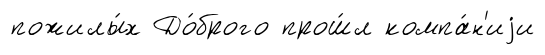
пожилы́х До́брого прош́л компа́н'иjи